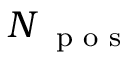
N _ { \mathrm { ~ \scriptsize ~ p ~ o ~ s ~ } }